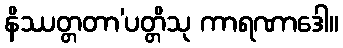
နိဿတ္တတာ’ပတ္တိသု ကာရဏာဒေါ။